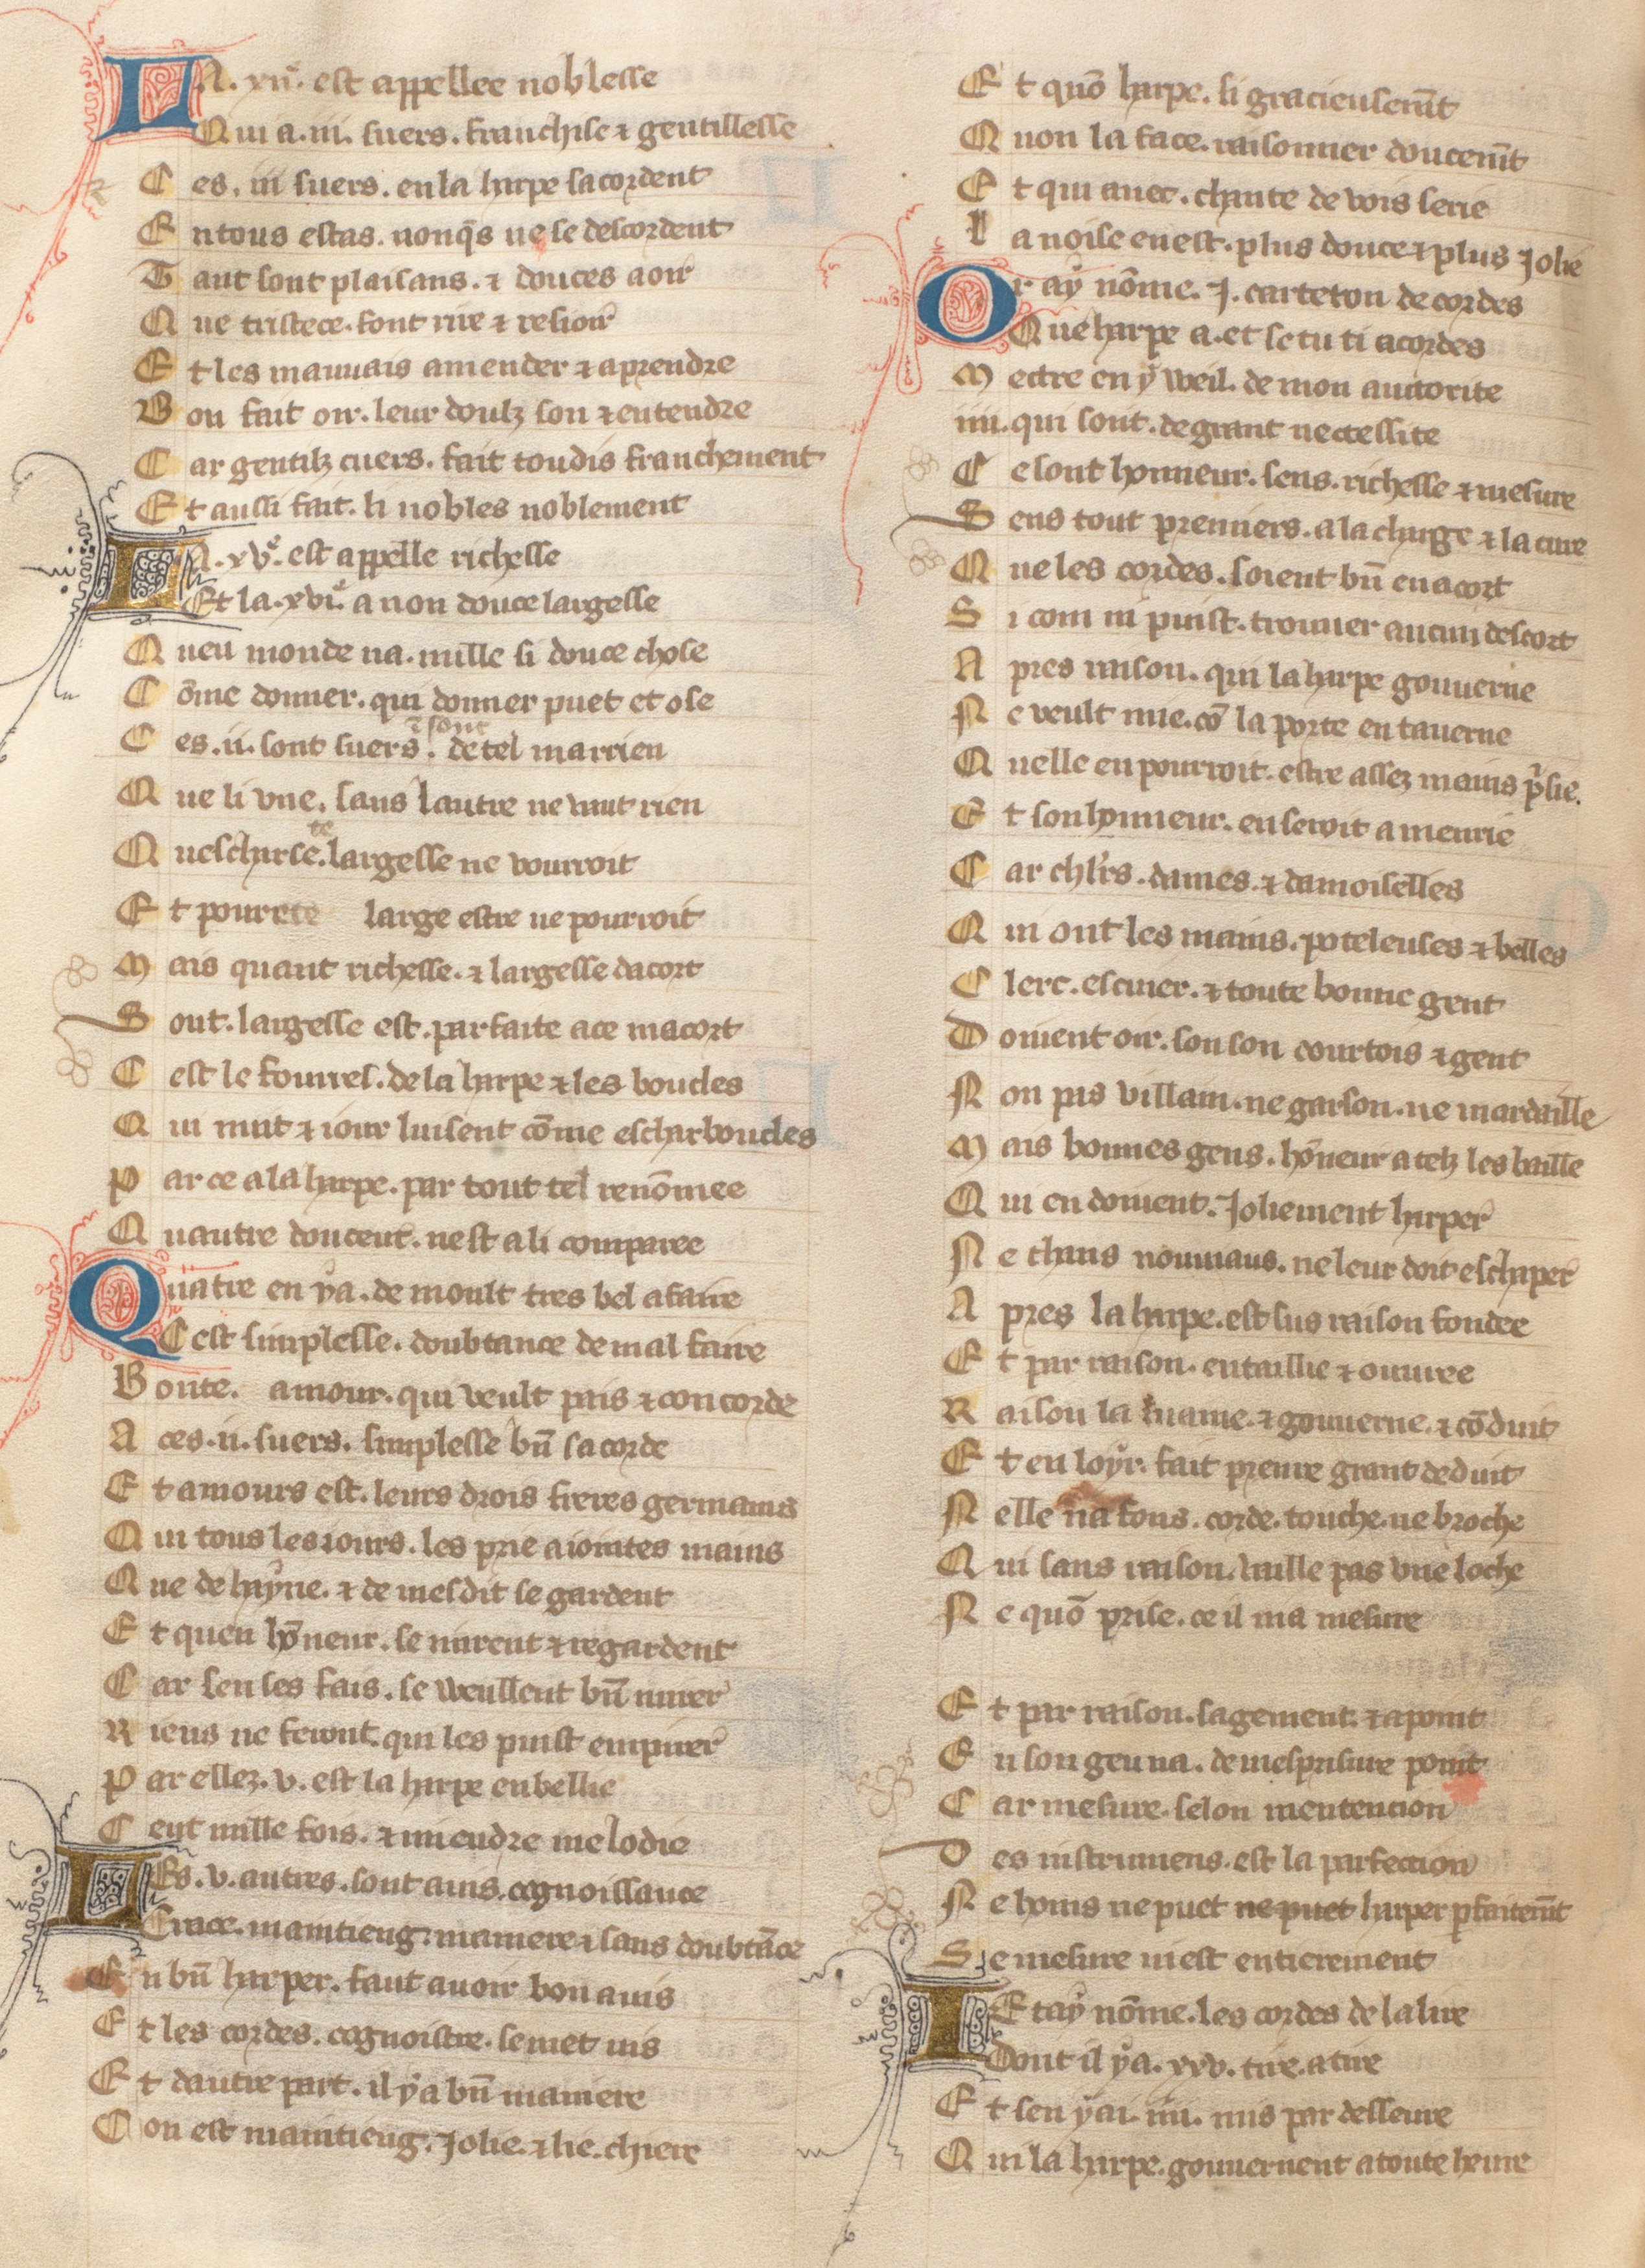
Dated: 1371–1371